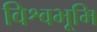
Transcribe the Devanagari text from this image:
विश्वभूमि